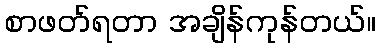
စာဖတ်ရတာ အချိန်ကုန်တယ်။